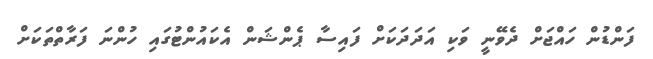
ފަންޑުން ހައްޖަށް ދެވޭނީ ވަކި އަދަދަކަށް ފައިސާ ޕެންޝަން އެކައުންޓުގައި ހުންނަ ފަރާތްތަކަށް